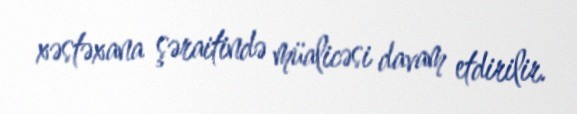
xəstəxana şəraitində müalicəsi davam etdirilir.